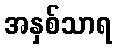
အနှစ်သာရ